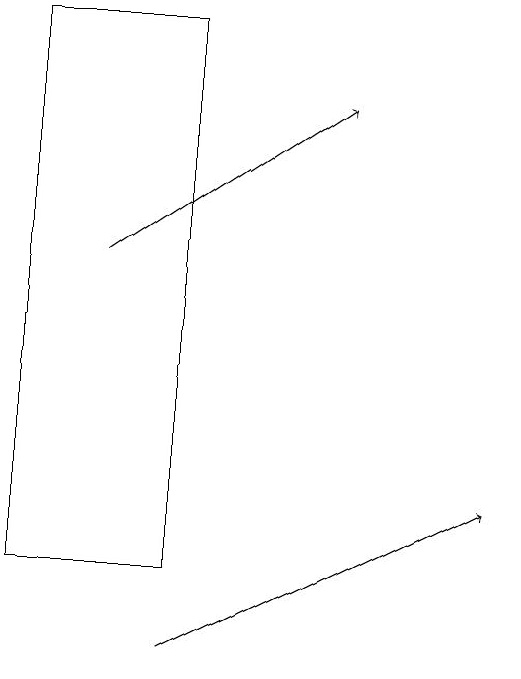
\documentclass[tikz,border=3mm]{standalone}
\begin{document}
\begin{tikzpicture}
\draw (3,12) rectangle (1,19);
\draw[->] (3,11) -- (7,13);
\draw[->] (2,16) -- (5,18);
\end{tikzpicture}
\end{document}